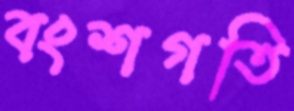
বংশগতি